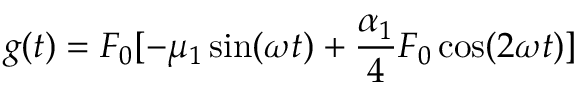
g ( t ) = F _ { 0 } [ - \mu _ { 1 } \sin ( \omega t ) + \frac { \alpha _ { 1 } } { 4 } F _ { 0 } \cos ( 2 \omega t ) ]